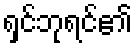
ရှင်ဘုရင်၏